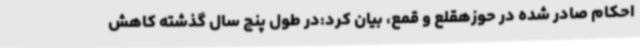
احکام صادر شده در حوزهقلع و قمع، بیان کرد:در طول پنج سال گذشته کاهش